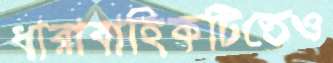
ধারাবাহিকটিতেও